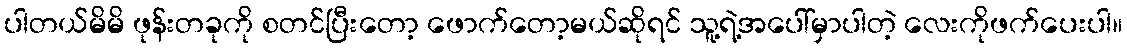
ပါတယ်မိမိ ဖုန်းတခုကို စတင်ပြီးတော့ ဖောက်တော့မယ်ဆိုရင် သူ့ရဲ့အပေါ်မှာပါတဲ့ လေးကိုဖက်ပေးပါ။